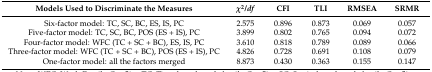
| Models Used to Discriminate the Measures | χ2/df | CFI | TLI | RMSEA | SRMR |
 | --- | --- | --- | --- | --- | --- |
 | Six-factor model: TC, SC, BC, ES, IS, PC | 2.575 | 0.896 | 0.873 | 0.069 | 0.057 |
 | Five-factor model: TC, SC, BC, POS (ES + IS), PC | 3.899 | 0.802 | 0.765 | 0.094 | 0.072 |
 | Four-factor model: WFC (TC + SC + BC), ES, IS, PC | 3.610 | 0.818 | 0.789 | 0.089 | 0.066 |
 | Three-factor model: WFC (TC + SC + BC), POS (ES + IS), PC | 4.826 | 0.728 | 0.691 | 0.108 | 0.079 |
 | One-factor model: all the factors merged | 8.873 | 0.430 | 0.363 | 0.155 | 0.147 |